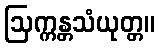
ဩက္ကန္တသံယုတ္တ။